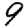
Digit: 9